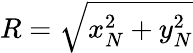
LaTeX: R=\sqrt{x_{N}^{2}+y_{N}^{2}}